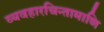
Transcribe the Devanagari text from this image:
व्यवहारचिन्तामाणि